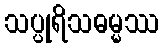
သပ္ပုရိသဓမ္မဿ